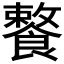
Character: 𩞕